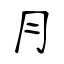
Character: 冃